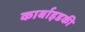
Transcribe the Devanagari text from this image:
कार्बाइडकी